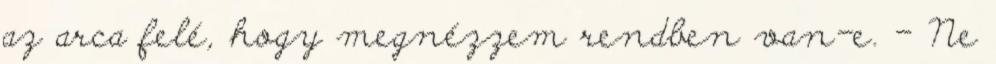
az arca felé, hogy megnézzem rendben van-e. – Ne